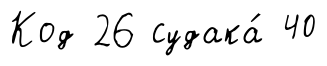
Код 26 судака́ 40